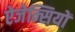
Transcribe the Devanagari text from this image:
ऐजेन्सियों